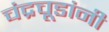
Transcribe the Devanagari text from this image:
चंद्रचूडांनी